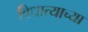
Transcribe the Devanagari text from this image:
विधात्याच्या